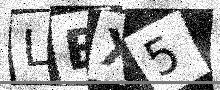
Text: LBX5